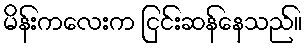
မိန်းကလေးက ငြင်းဆန်နေသည်။